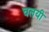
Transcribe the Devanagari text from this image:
चलयी